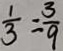
\frac { 1 } { 3 } = \frac { 3 } { 9 }